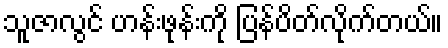
သူဇာလွင် ဟန်းဖုန်းကို ပြန်ပိတ်လိုက်တယ်။